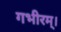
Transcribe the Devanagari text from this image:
गभीरम्।